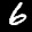
Label: 6